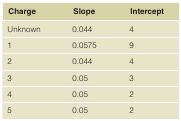
<table><thead><tr><td><b>Charge</b></td><td><b>Slope</b></td><td><b>Intercept</b></td></tr></thead><tbody><tr><td>Unknown</td><td>0.044</td><td>4</td></tr><tr><td>1</td><td>0.0575</td><td>9</td></tr><tr><td>2</td><td>0.044</td><td>4</td></tr><tr><td>3</td><td>0.05</td><td>3</td></tr><tr><td>4</td><td>0.05</td><td>2</td></tr><tr><td>5</td><td>0.05</td><td>2</td></tr></tbody></table>